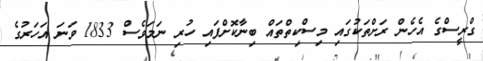
ގްރީސްގެ އެހެން ރަށްތަކުގައި މިސްކިތްތައް ބިނާކޮށްފައި ހުރި ނަމަވެސް 1833 ވަނަ އަހަރުގެ